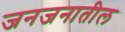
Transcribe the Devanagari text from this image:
जनजनातील